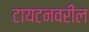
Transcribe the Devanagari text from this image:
टायटनवरील